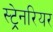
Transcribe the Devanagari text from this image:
स्ट्रेनरियर